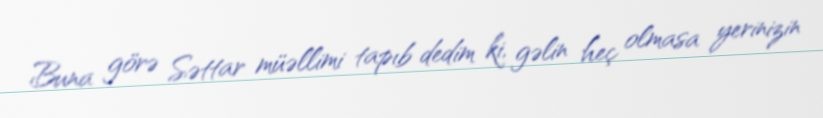
Buna görə Səttar müəllimi tapıb dedim ki, gəlin heç olmasa yerinizin